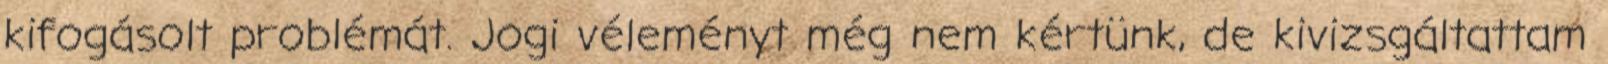
kifogásolt problémát. Jogi véleményt még nem kértünk, de kivizsgáltattam